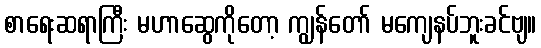
စာရေးဆရာကြီး မဟာဆွေကိုတော့ ကျွန်တော် မကျေနပ်ဘူးခင်ဗျ။